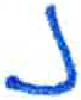
אות: נ